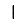
Digit: 1